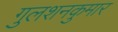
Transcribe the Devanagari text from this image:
गुलशनकुमार